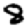
Digit: 8